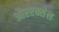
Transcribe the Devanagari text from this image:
औरएक्सेल